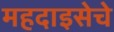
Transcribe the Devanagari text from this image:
महदाइसेचे